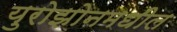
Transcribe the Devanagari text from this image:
युरोझोनमधील